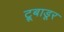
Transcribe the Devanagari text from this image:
ट्रूबाडूर